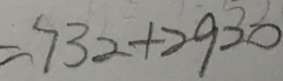
= 7 3 2 + 2 9 2 0